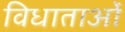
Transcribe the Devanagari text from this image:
विधाताओं